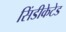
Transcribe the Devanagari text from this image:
सिंडीकेटेड